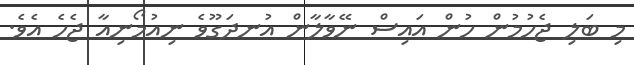
މި ބަލި ޖެހުމުން ހުން އައިސް ނޭވާލާން އުނދަގޫވެ ނިއުމޯނިއާ ޖެހެ އެވެ.